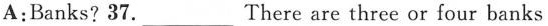
A:Banks? 37.____ There are three or four banks